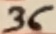
Text: 36